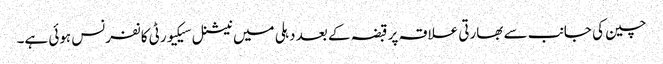
چین کی جانب سے بھارتی علاقہ پر قبضہ کے بعد دہلی میں نیشنل سیکیورٹی کانفرنس ہوئی ہے۔